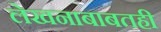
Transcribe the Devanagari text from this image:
लेखनाबाबतही